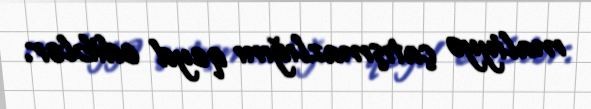
maliyyə çatışmazlığını qeyd ediblər.